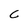
Character: C